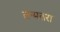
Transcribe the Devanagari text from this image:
तन्मतरा